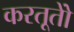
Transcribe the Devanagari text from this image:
करतूतोें